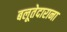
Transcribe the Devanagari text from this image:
बलूतेदाराना